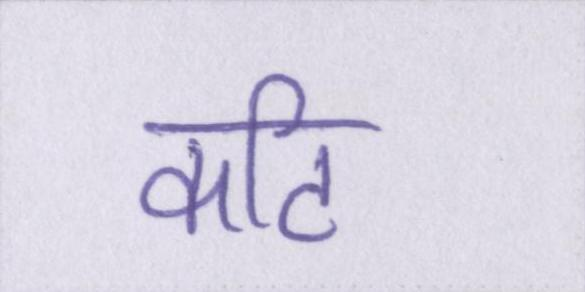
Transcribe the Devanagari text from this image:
कटि